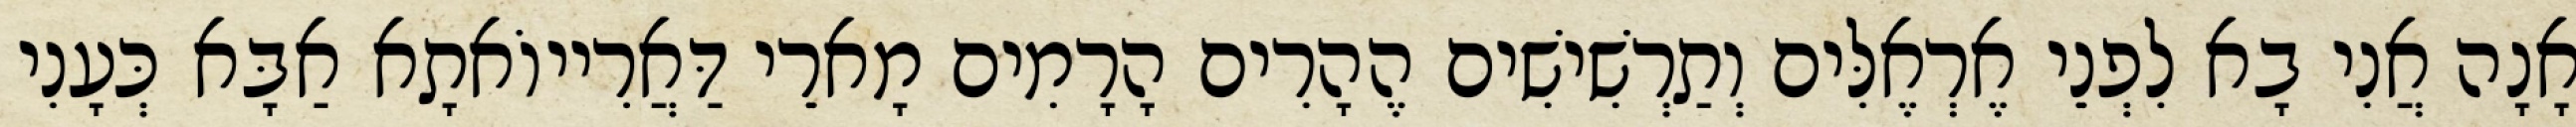
אָנָה אֲנִי בָא לִפְנֵי אֶרְאֶלִּים וְתַרְשִׁישִׁים הֶהָרִים הָרָמִים מָארֵי דַּאֲרִייוֹאתָא אַבָּא כְּעָנִי